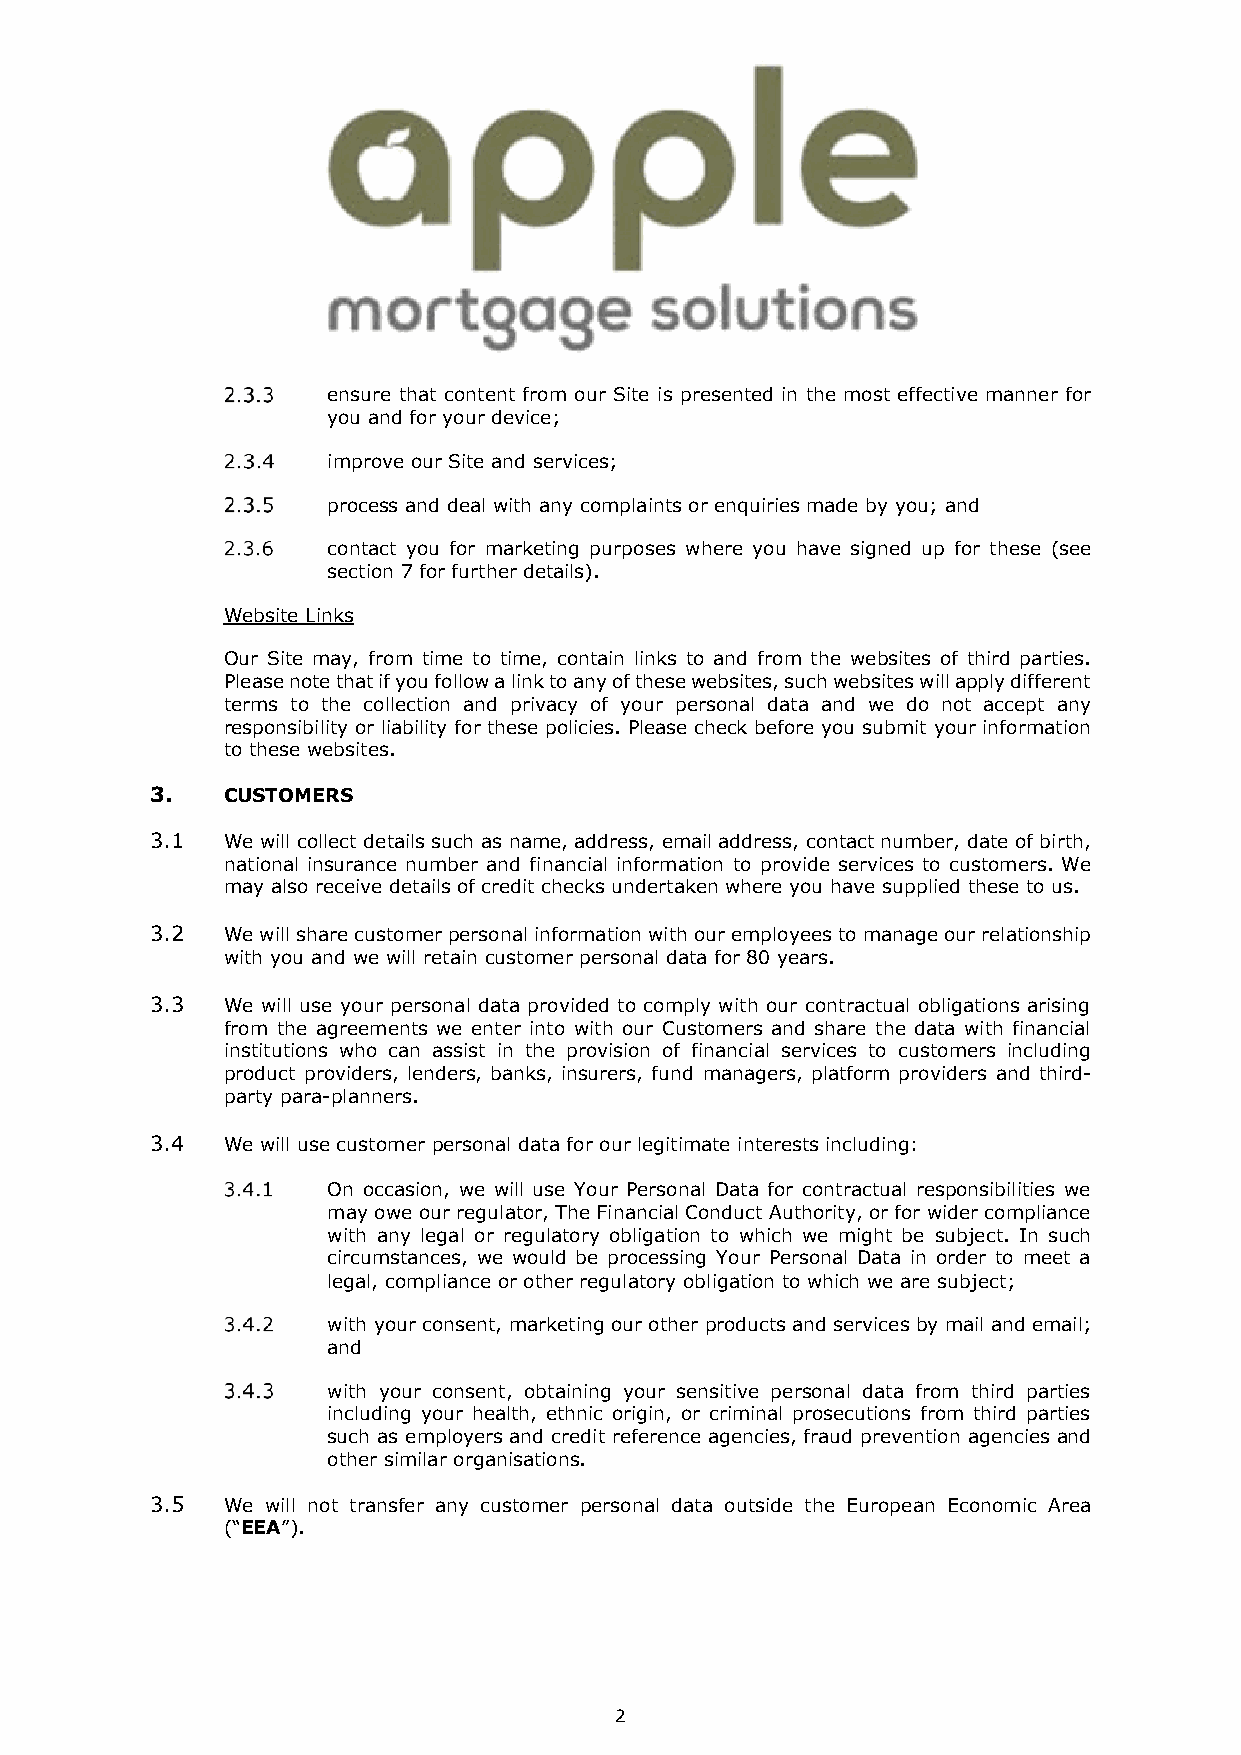
ensure that content from our Site is presented in the most effective manner for
 you and for your device;
 improve our Site and services;
 process and deal with any complaints or enquiries made by you; and
 contact you for marketing purposes where you have signed up for these (see
 section 7 for further details).
 Website Links
 Our Site may, from time to time, contain links to and from the websites of third parties.
 Please note that if you follow a link to any of these websites, such websites will apply different
 terms to the collection and privacy of your personal data and we do not accept any
 responsibility or liability for these policies. Please check before you submit your information
 to these websites.
 3.   CUSTOMERS
 3.1  We will collect details such as name, address, email address, contact number, date of birth,
 national insurance number and financial information to provide services to customers. We
 may also receive details of credit checks undertaken where you have supplied these to us.
 3.2  We will share customer personal information with our employees to manage our relationship
 with you and we will retain customer personal data for 80 years.
 3.3  We will use your personal data provided to comply with our contractual obligations arising
 from the agreements we enter into with our Customers and share the data with financial
 institutions who can assist in the provision of financial services to customers including
 product providers, lenders, banks, insurers, fund managers, platform providers and third-
 party para-planners.
 3.4  We will use customer personal data for our legitimate interests including:
 On occasion, we will use Your Personal Data for contractual responsibilities we
 may owe our regulator, The Financial Conduct Authority, or for wider compliance
 with any legal or regulatory obligation to which we might be subject. In such
 circumstances, we would be processing Your Personal Data in order to meet a
 legal, compliance or other regulatory obligation to which we are subject;
 with your consent, marketing our other products and services by mail and email;
 and
 with your consent, obtaining your sensitive personal data from third parties
 including your health, ethnic origin, or criminal prosecutions from third parties
 such as employers and credit reference agencies, fraud prevention agencies and
 other similar organisations.
 3.5  We will not transfer any customer personal data outside the European Economic Area
 (“EEA”).
 2